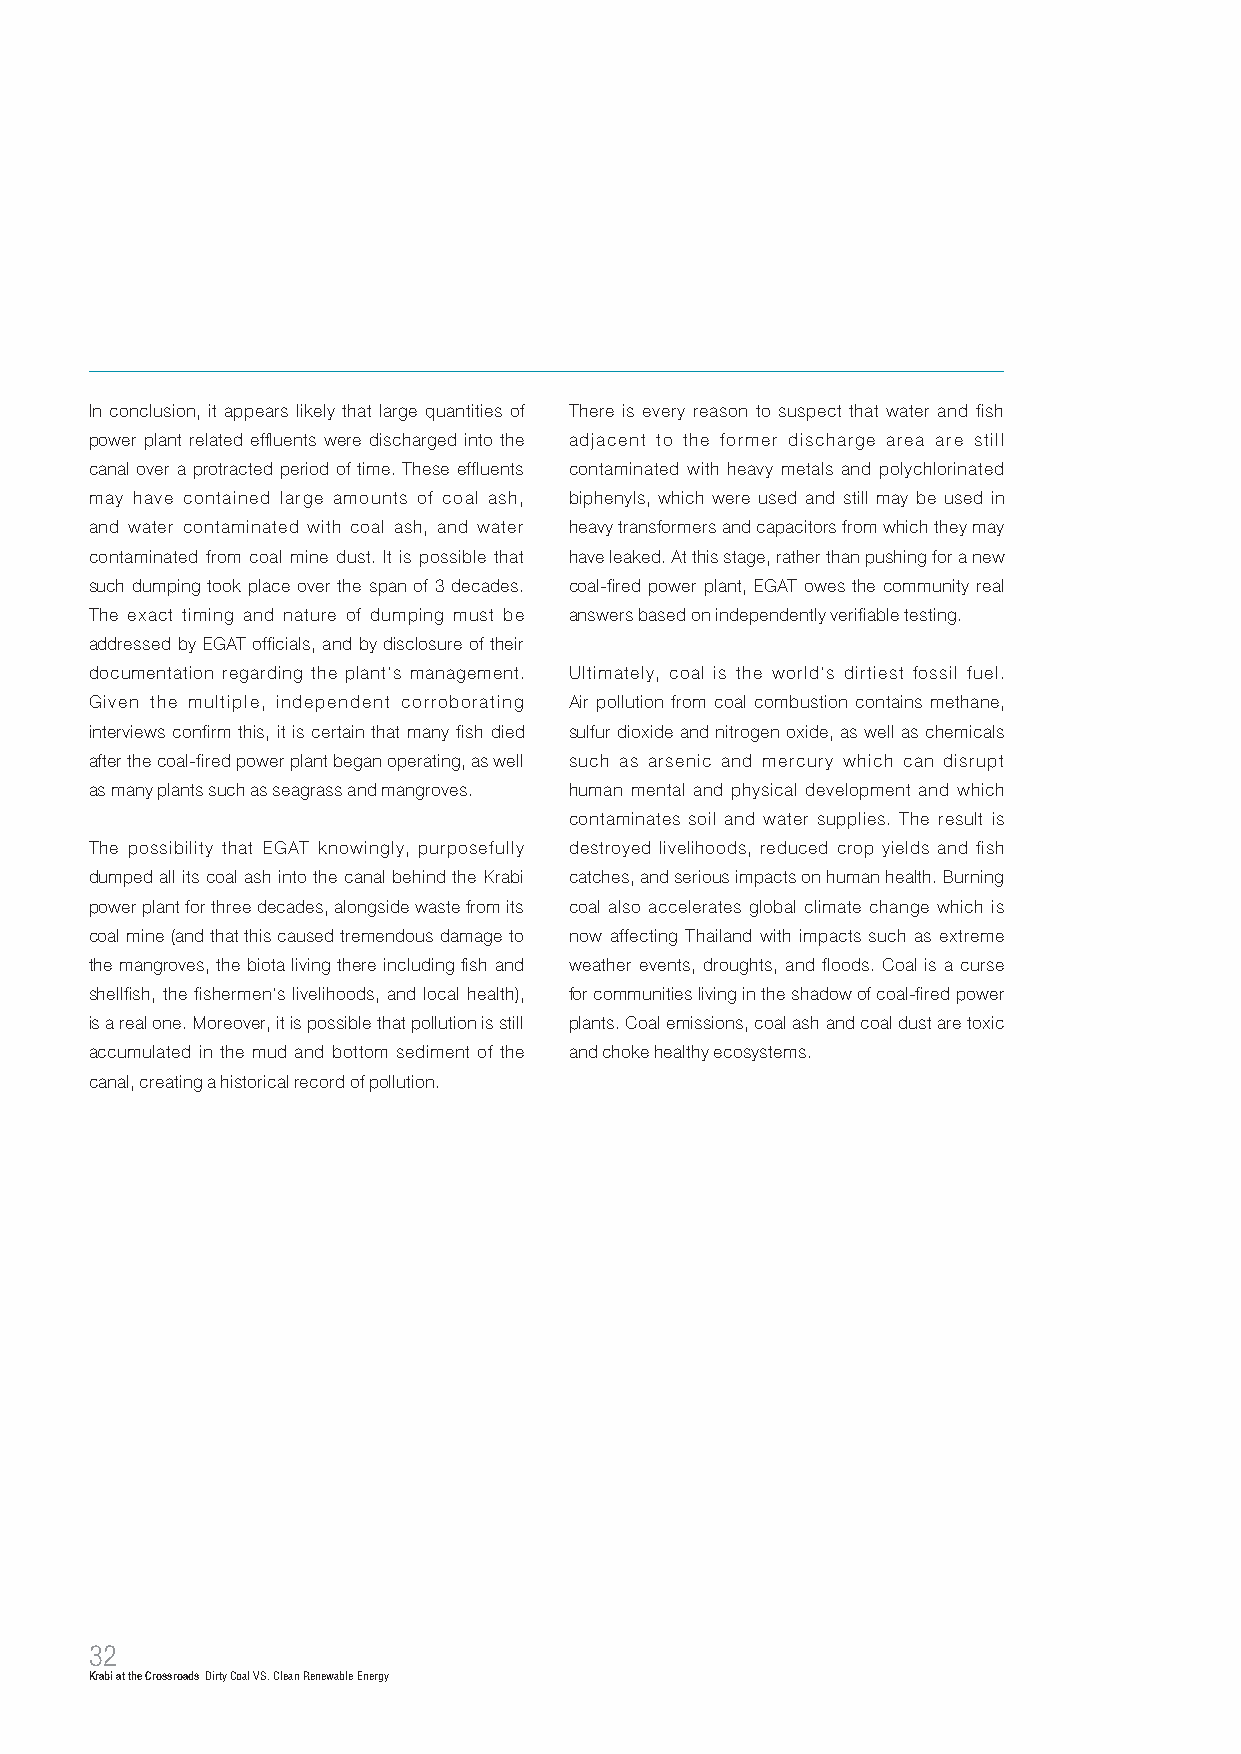
In conclusion, it appears likely that large quantities of There is every reason to suspect that water and fish
 power plant related effluents were discharged into the adjacent to the former discharge area are still
 canal over a protracted period of time. These effluents contaminated with heavy metals and polychlorinated
 may have contained large amounts of coal ash, biphenyls, which were used and still may be used in
 and water contaminated with coal ash, and water heavy transformers and capacitors from which they may
 contaminated from coal mine dust. It is possible that have leaked. At this stage, rather than pushing for a new
 such dumping took place over the span of 3 decades. coal-fired power plant, EGAT owes the community real
 The exact timing and nature of dumping must be answers based on independently verifiable testing.
 addressed by EGAT officials, and by disclosure of their
 documentation regarding the plant’s management. Ultimately, coal is the world’s dirtiest fossil fuel.
 Given the multiple, independent corroborating Air pollution from coal combustion contains methane,
 interviews confirm this, it is certain that many fish died sulfur dioxide and nitrogen oxide, as well as chemicals
 after the coal-fired power plant began operating, as well such as arsenic and mercury which can disrupt
 as many plants such as seagrass and mangroves. human mental and physical development and which
 contaminates soil and water supplies. The result is
 The possibility that EGAT knowingly, purposefully destroyed livelihoods, reduced crop yields and fish
 dumped all its coal ash into the canal behind the Krabi catches, and serious impacts on human health. Burning
 power plant for three decades, alongside waste from its coal also accelerates global climate change which is
 coal mine (and that this caused tremendous damage to now affecting Thailand with impacts such as extreme
 the mangroves, the biota living there including fish and weather events, droughts, and floods. Coal is a curse
 shellfish, the fishermen’s livelihoods, and local health), for communities living in the shadow of coal-fired power
 is a real one. Moreover, it is possible that pollution is still plants. Coal emissions, coal ash and coal dust are toxic
 accumulated in the mud and bottom sediment of the and choke healthy ecosystems.
 canal, creating a historical record of pollution.
 32
 Krabi at the Crossroads Dirty Coal VS. Clean Renewable Energy